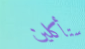
ستأكلين